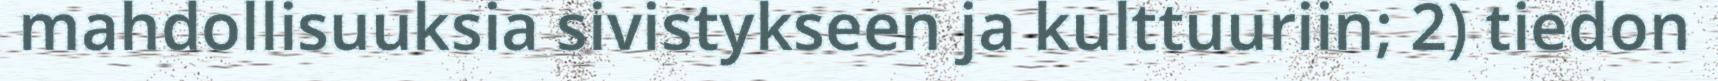
mahdollisuuksia sivistykseen ja kulttuuriin; 2) tiedon